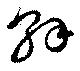
解